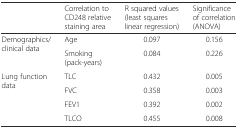
<table><thead><tr><td></td><td><b>Correlation to CD248 relative staining area</b></td><td><b>R squared values (least squares linear regression)</b></td><td><b>Significance of correlation (ANOVA)</b></td></tr></thead><tbody><tr><td rowspan="2">Demographics/clinical data</td><td>Age</td><td>0.097</td><td>0.156</td></tr><tr><td>Smoking (pack-years)</td><td>0.084</td><td>0.226</td></tr><tr><td rowspan="4">Lung function data</td><td>TLC</td><td>0.432</td><td>0.005</td></tr><tr><td>FVC</td><td>0.358</td><td>0.003</td></tr><tr><td>FEV1</td><td>0.392</td><td>0.002</td></tr><tr><td>TLCO</td><td>0.455</td><td>0.008</td></tr></tbody></table>